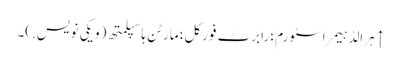
↑ ہرالڈ ہیمر اسٹورم؛ رابرٹ فورکل؛ مارٹن ہاسپلمتھ (ویکی نویس.)۔